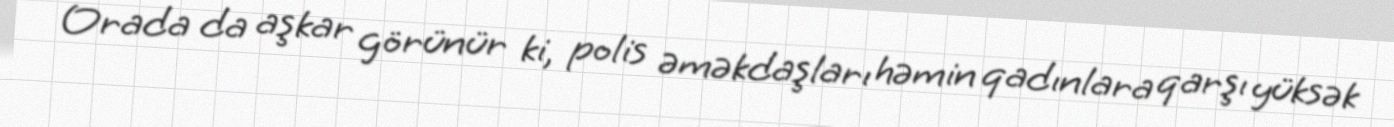
Orada da aşkar görünür ki, polis əməkdaşları həmin qadınlara qarşı yüksək